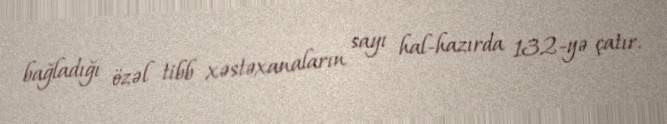
bağladığı özəl tibb xəstəxanaların sayı hal-hazırda 132-yə çatır.